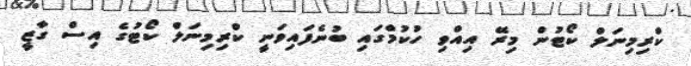
ކްރިމިނަލް ކޯޓުން މިރޭ އިއްވި ހުކުމްގައި ބުނެފައިވަނީ ކްރިމިނަލް ކޯޓުގެ އިސް ގާޒީ